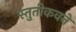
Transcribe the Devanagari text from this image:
स्तुतीकवने